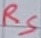
Text: RS